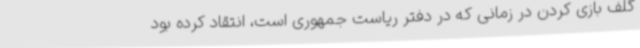
گلف بازی کردن در زمانی که در دفتر ریاست جمهوری است، انتقاد کرده بود